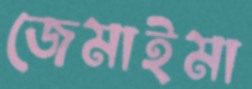
জেমাইমা